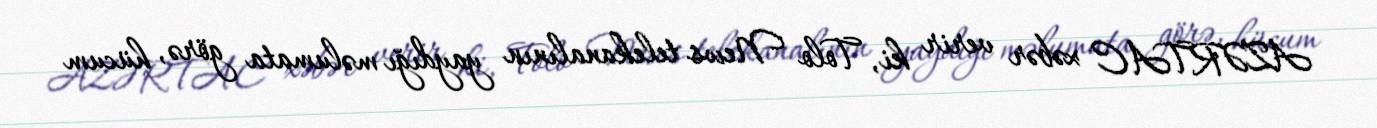
AZƏRTAC xəbər verir ki, Tolo News telekanalının yaydığı məlumata görə, hücum